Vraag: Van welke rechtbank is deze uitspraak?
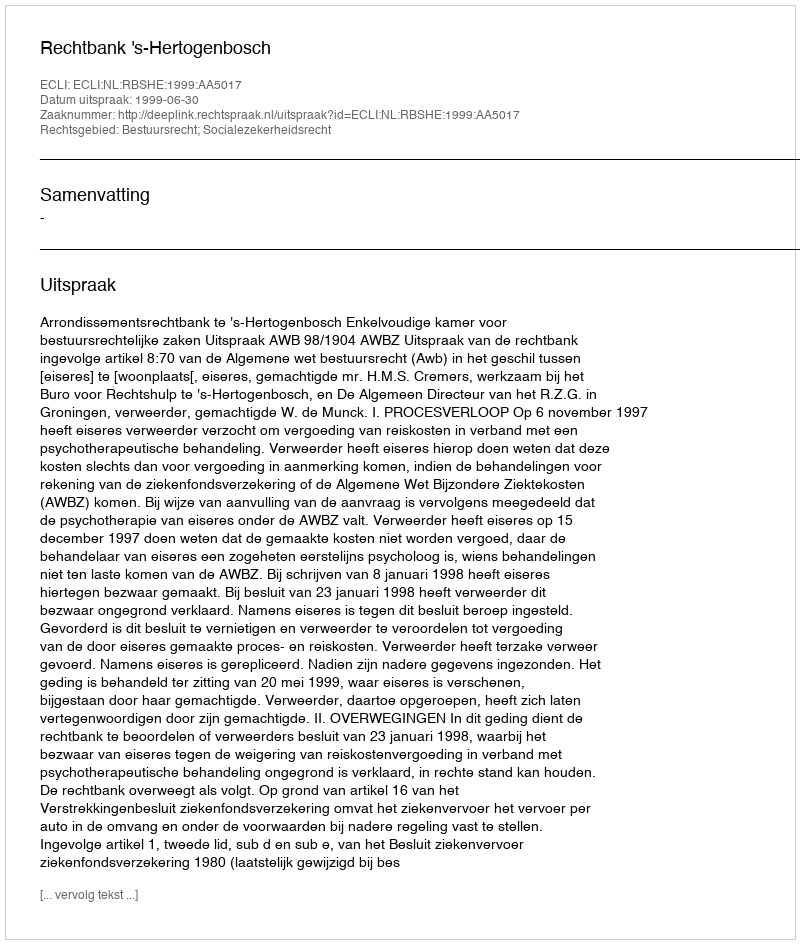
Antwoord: Rechtbank 's-Hertogenbosch